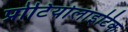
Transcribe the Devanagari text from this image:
प्रोटियोलाइटिक